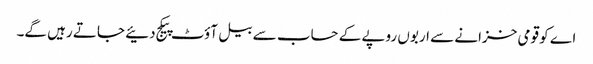
اے کو قومی خزانے سے اربوں روپے کے حساب سے بیل آؤٹ پیکج دئیے جاتے رہیں گے۔